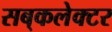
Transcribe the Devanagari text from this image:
सब्‌कलेक्टर